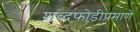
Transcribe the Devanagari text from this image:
शब्दफोडीप्रमाणे